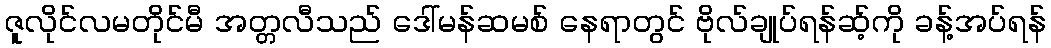
ဇူလိုင်လမတိုင်မီ အတ္တလီသည် ဒေါ်မန်ဆမစ် နေရာတွင် ဗိုလ်ချုပ်ရန်ဆ့်ကို ခန့်အပ်ရန်